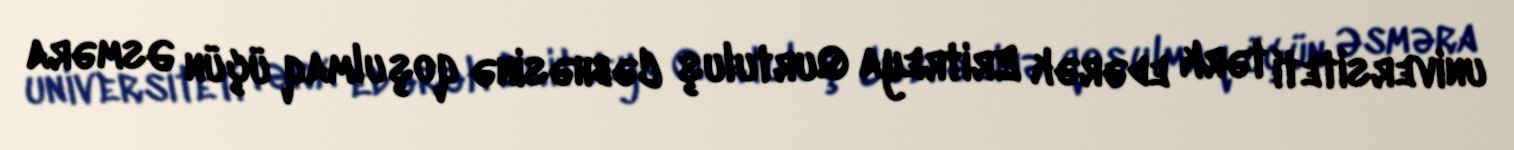
universiteti tərk edərək Eritreya Qurtuluş Cəbhəsinə qoşulmaq üçün Əsməra